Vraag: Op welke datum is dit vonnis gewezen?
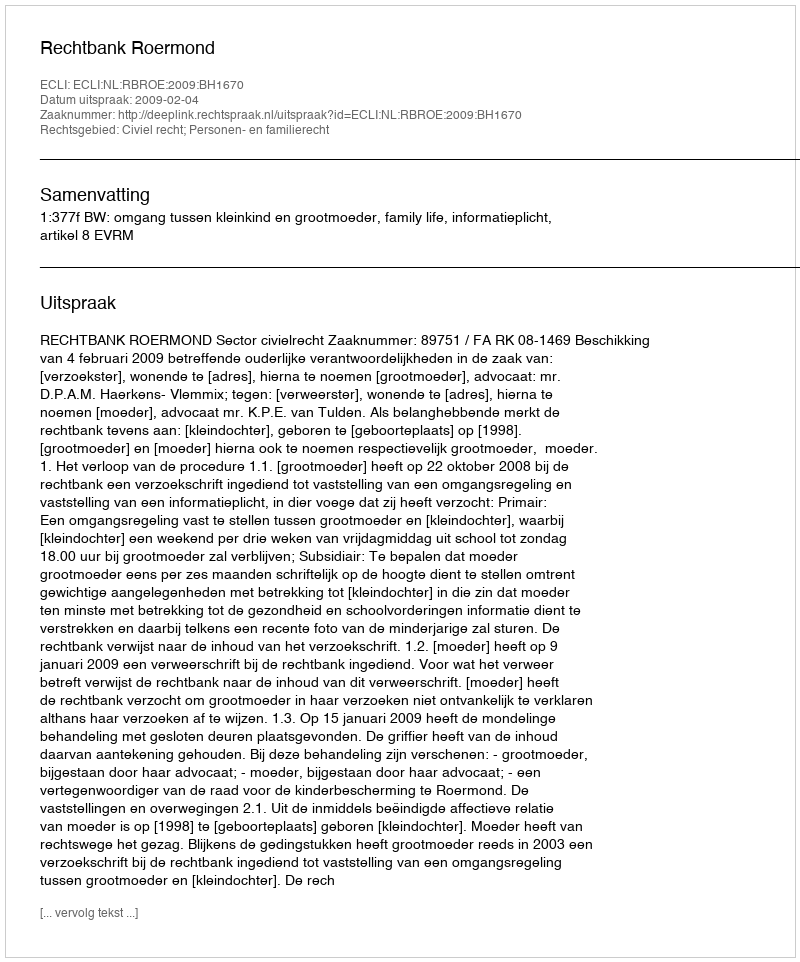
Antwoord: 2009-02-04